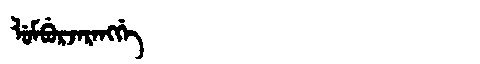
Manchu: ᠯᡠᠮᠪᡠᡵᠵᠠᡵᠠᠩᡤᡝ
Romanization: LUMBURJARANGGE